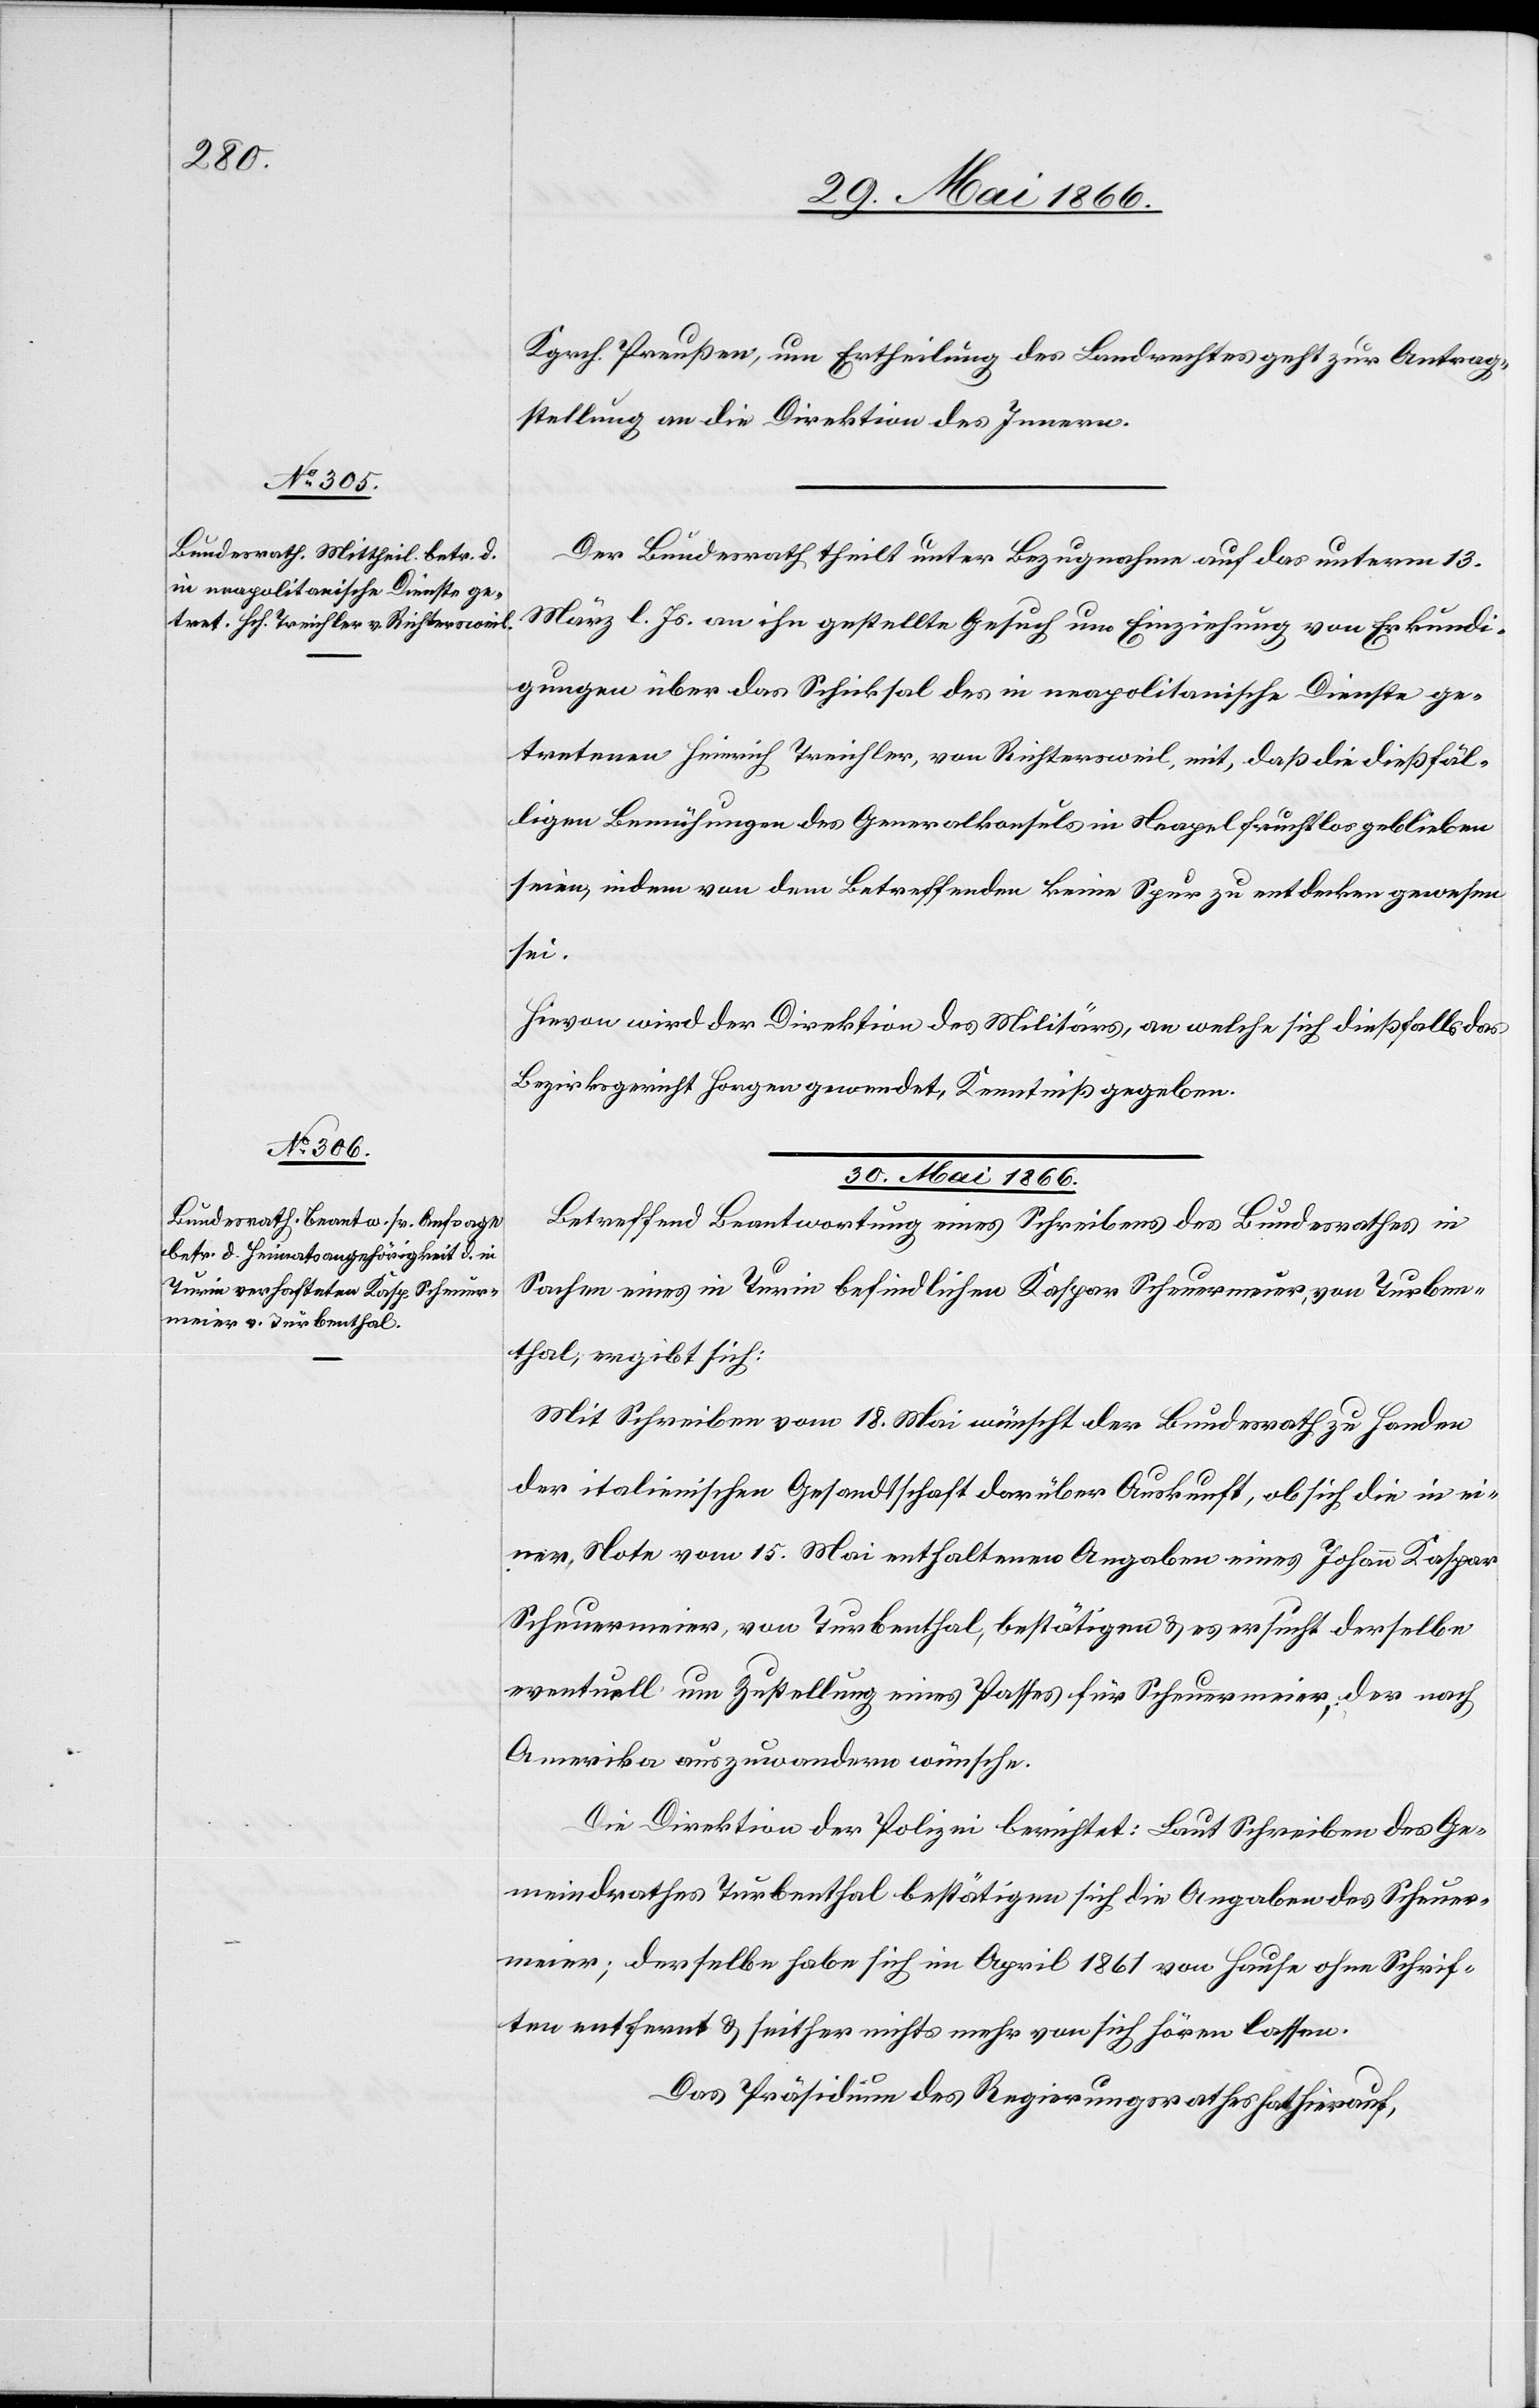
29. Mai 1866.]
Kgrch. Preußen um Ertheilung des Landrechtes geht zur Antrag¬
stellung an die Direktion des Innern.
Der Bundesrath theilt unter Bezugnahme auf das unterm 13.
März l. Js. an ihn gestellte Gesuch um Einziehung von Erkundi¬
gungen über das Schicksal des in neapolitanische Dienste ge¬
tretenen Heinrich Treichler, von Richtersweil, mit, daß die dießfäl¬
ligen Bemühungen des Generalkonsuls in Neapel fruchtlos geblieben
seien, indem von dem Betreffenden keine Spur zu entdecken gewesen
sei.
Hievon wird der Direktion des Militärs, an welche sich dießfalls das
Bezirksgericht Horgen gewendet, Kenntniß gegeben.
30. Mai 1866.
Betreffend Beantwortung eines Schreibens des Bundesrathes in
Sachen eines in Turin befindlichen Kaspar Scheuermeier, von Turben¬
thal, ergibt sich:
Mit Schreiben vom 18. Mai wünscht der Bundesrath zu Handen
der italienischen Gesandtschaft darüber Auskunft, ob sich die in ei¬
ner Note vom 15. Mai enthaltenen Angaben eines Johann Kaspar
Scheuermeier, von Turbenthal, bestätigen u. es ersucht derselbe
eventuell um Zustellung eines Passes für Scheuermeier, der nach
Amerika auszuwandern wünsche.
Die Direktion der Polizei berichtet: Laut Schreiben des Ge¬
meindrathes Turbenthal bestätigen sich die Angaben des Scheuer¬
meier; derselbe habe sich im April 1861 von Hause ohne Schrif¬
ten entfernt u. seither nichts mehr von sich hören lassen.
Das Präsidium des Regierungsrathes hat hierauf,